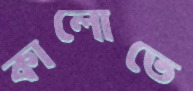
কালোতে